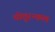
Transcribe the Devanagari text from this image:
थोत्तुरन्कल